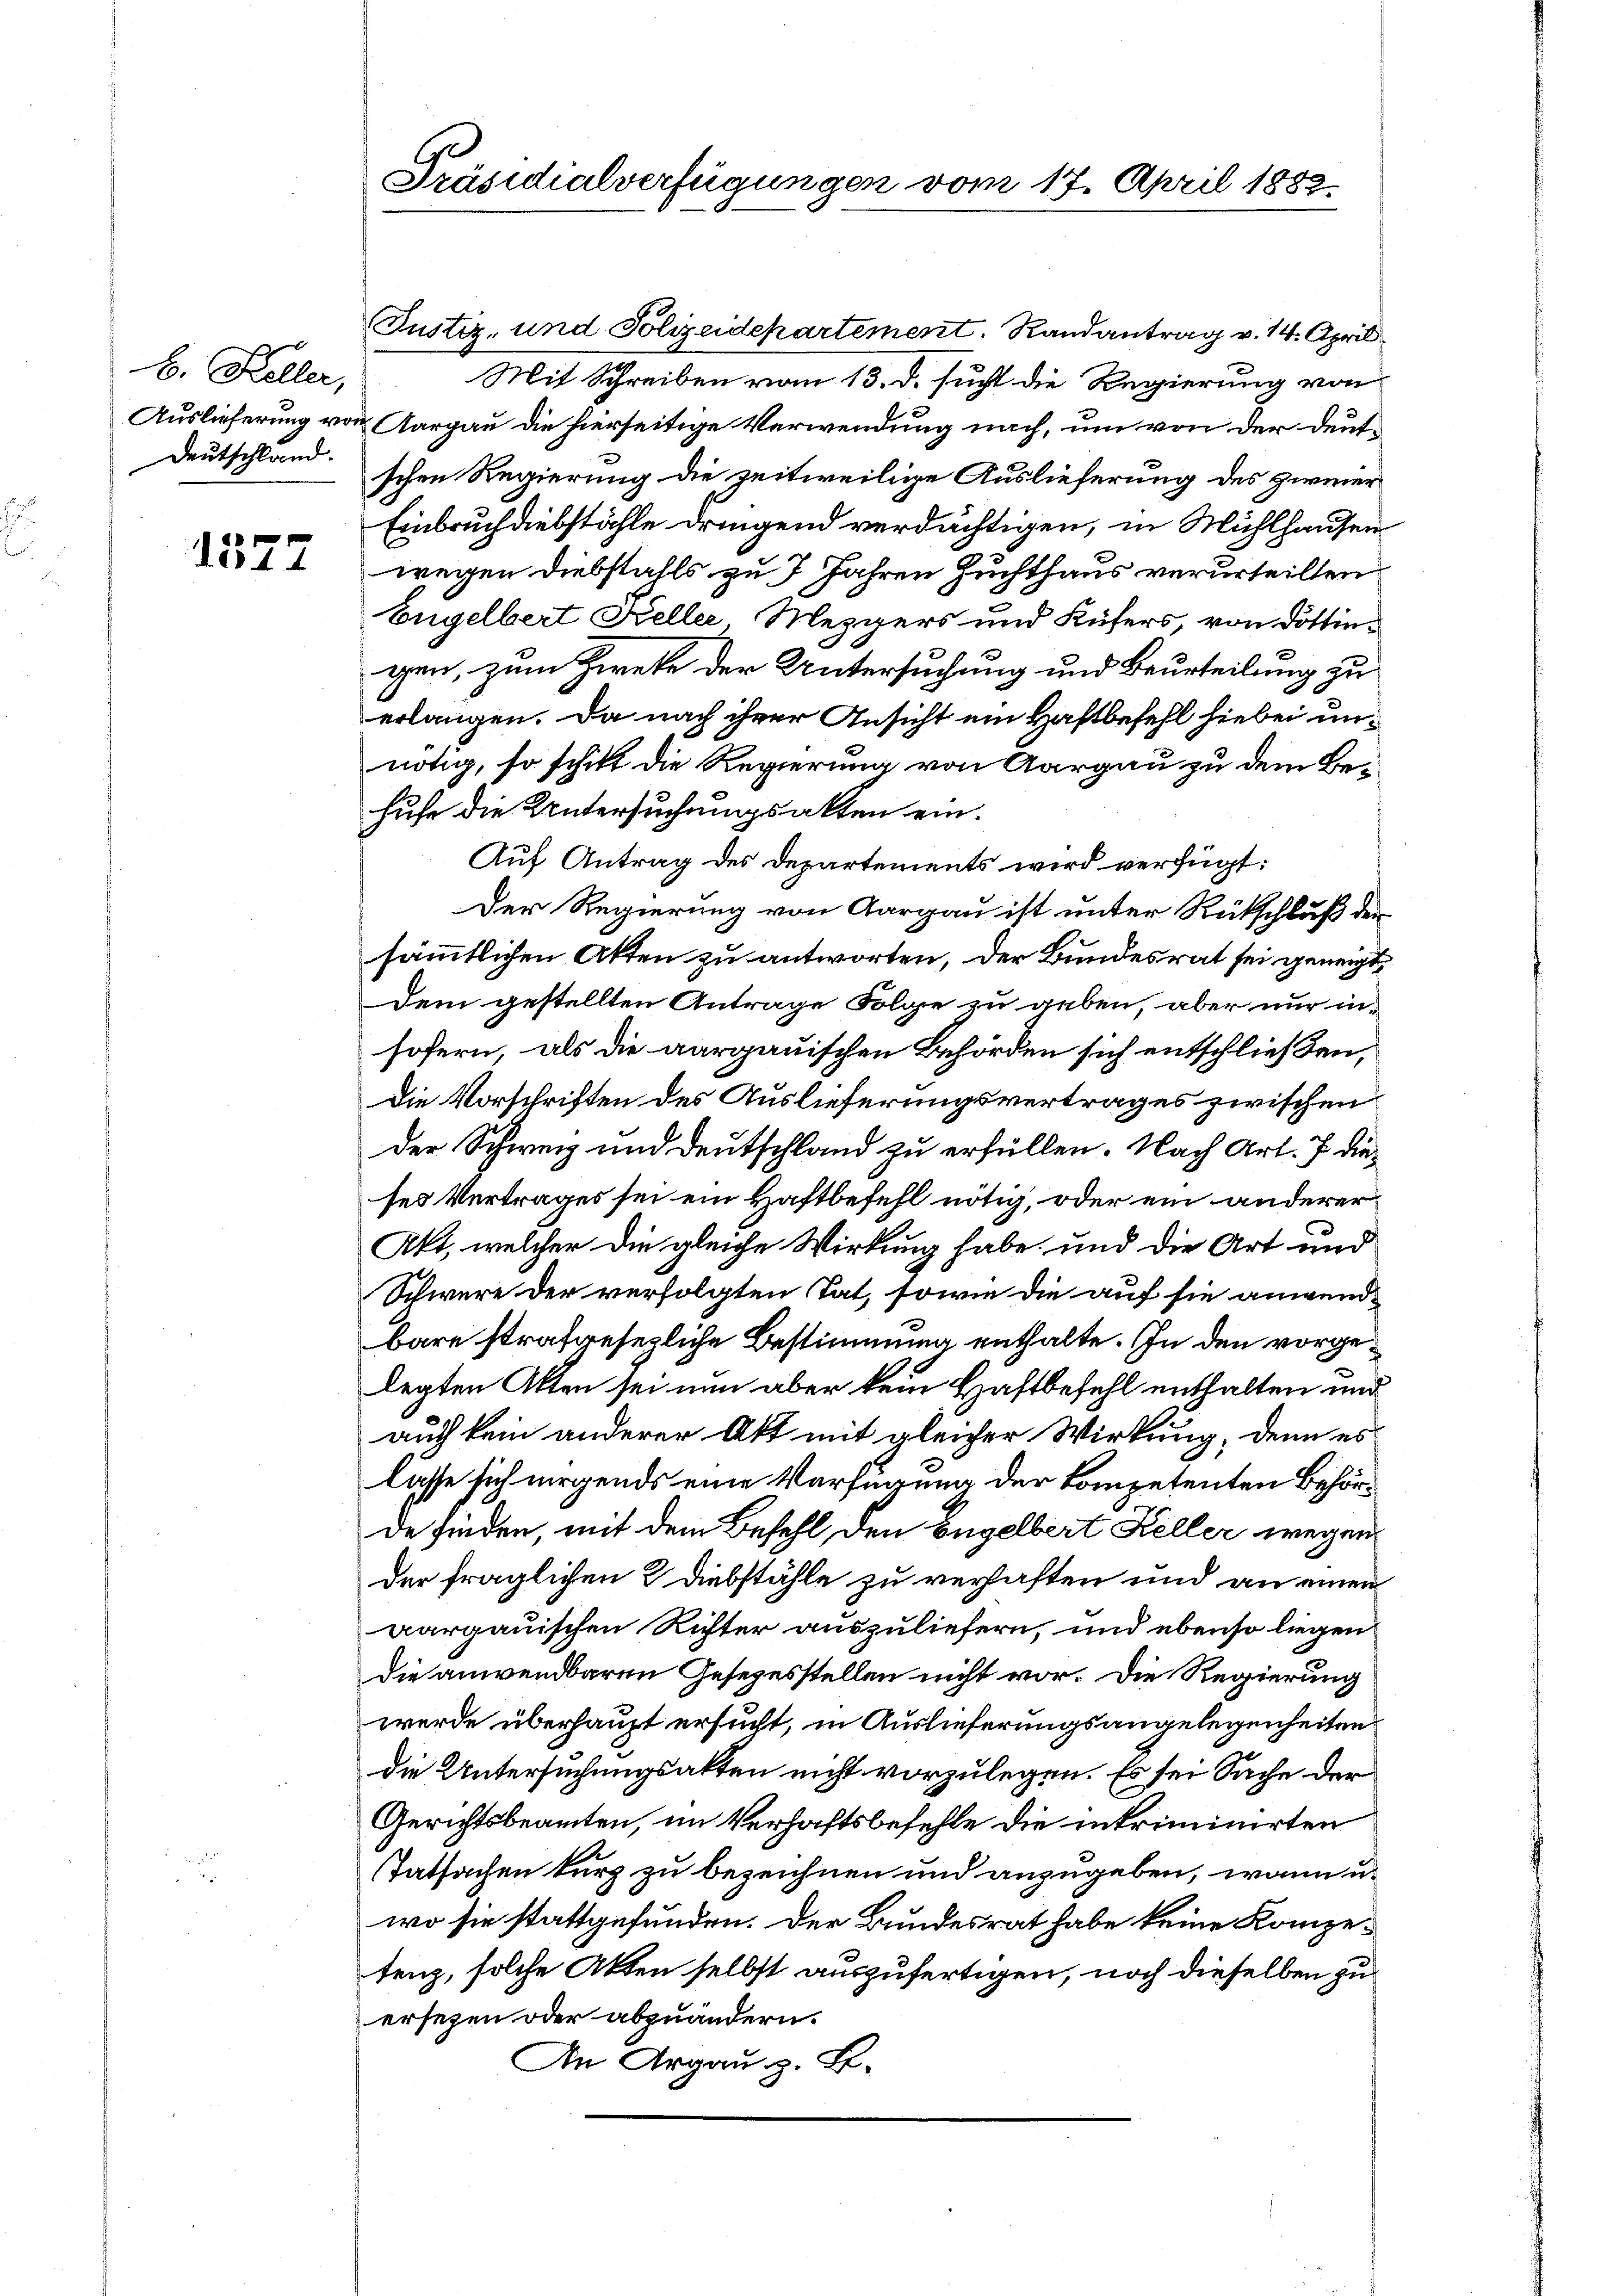
b. Keller,
Deutschland.

1577

Präsidialverfügungen vom 17. April 1883.

Mit Schreiben vom 13. d. sucht die Regierung von
Auslieferung von Aargau die hierseitige Verwendung nach, um von der deutschen Regierung die zeitweilige Auslieferung des zweier
Einbruch diebstähle dringend verdächtigen, in Mühlhausen
wegen Diebstalls zu 7 Jahren Zuchthaus verurteilten
Engelbert Keller Mezgers und Küfers, von Döttingen, zum Zweke der Untersuchung und Beurteilung zu
erlangen. Da nach ihrer Ansicht ein Haftbefehl hiebei unnötig, so schikt die Regierung von Aargau zu dem Behufe die Untersuchungsakten ein.
Auf Antrag des Departements wird verfügt:
Der Regierung von Aargau ist unter Rückschluß der
sämmtlichen Akten zu antworten, der Bundesrat sei geneigt
Dem gestellten Antrage Folge zu geben, aber nur insofern, als die aargauischen Behörden sich entschließen,
Die Vorschriften des Auslieferungsvertrages zwischen
der Schweiz und Deutschland zu erfüllen. Nach Art. 7 dieses Vertrages sei ein Haftbefehl nötig, oder ein anderer
Akt, welcher die gleiche Wirkung habe, und die Art und
Schwere der verfolgten Tat, sowie die auf sie anwend-
bare strafgesezliche Bestimmung enthalte. In den vorgelegten Akten sei nun aber kein Haftbefehl enthalten und
auch kein anderer Akt mit gleicher Wirkung, denn es
lisse sich nirgends eine Verfügung der kompetenten Behörde finden, mit dem Befehl, den Engelbert Keller wegen
der fraglichen 2 Diebstähle zu verhaften und an einen
aargauischen Richter auszuliefern, und ebenso liegen
die anwendbaren Gesezesstellen nicht vor. Die Regierung
werde überhaupt ersucht, in Auslieferungsangelegenheiten
die Untersuchungsakten nicht vorzulegen. Es sei Sache der
Gerichtsbeamten, im Verhaftsbefehle die inkriminirten
Tatsachen kurz zu bezeichnen und anzugeben, wann u.
wo sie stattgefunden. Der Bundesrat habe keine Kompetenz, solche Akten selbst auszufertigen, noch dieselben zu
ersezen oder abzuändern.
An Argau z. B.

Justiz- und Polizeidepartement. Randantrag v. 14. April